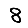
Digit: 8